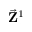
\vec { \bf Z } ^ { 1 }